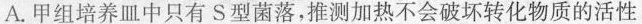
A.甲组培养皿中只有S型菌落，推测加热不会破坏转化物质的活性